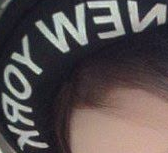
NEW YORK